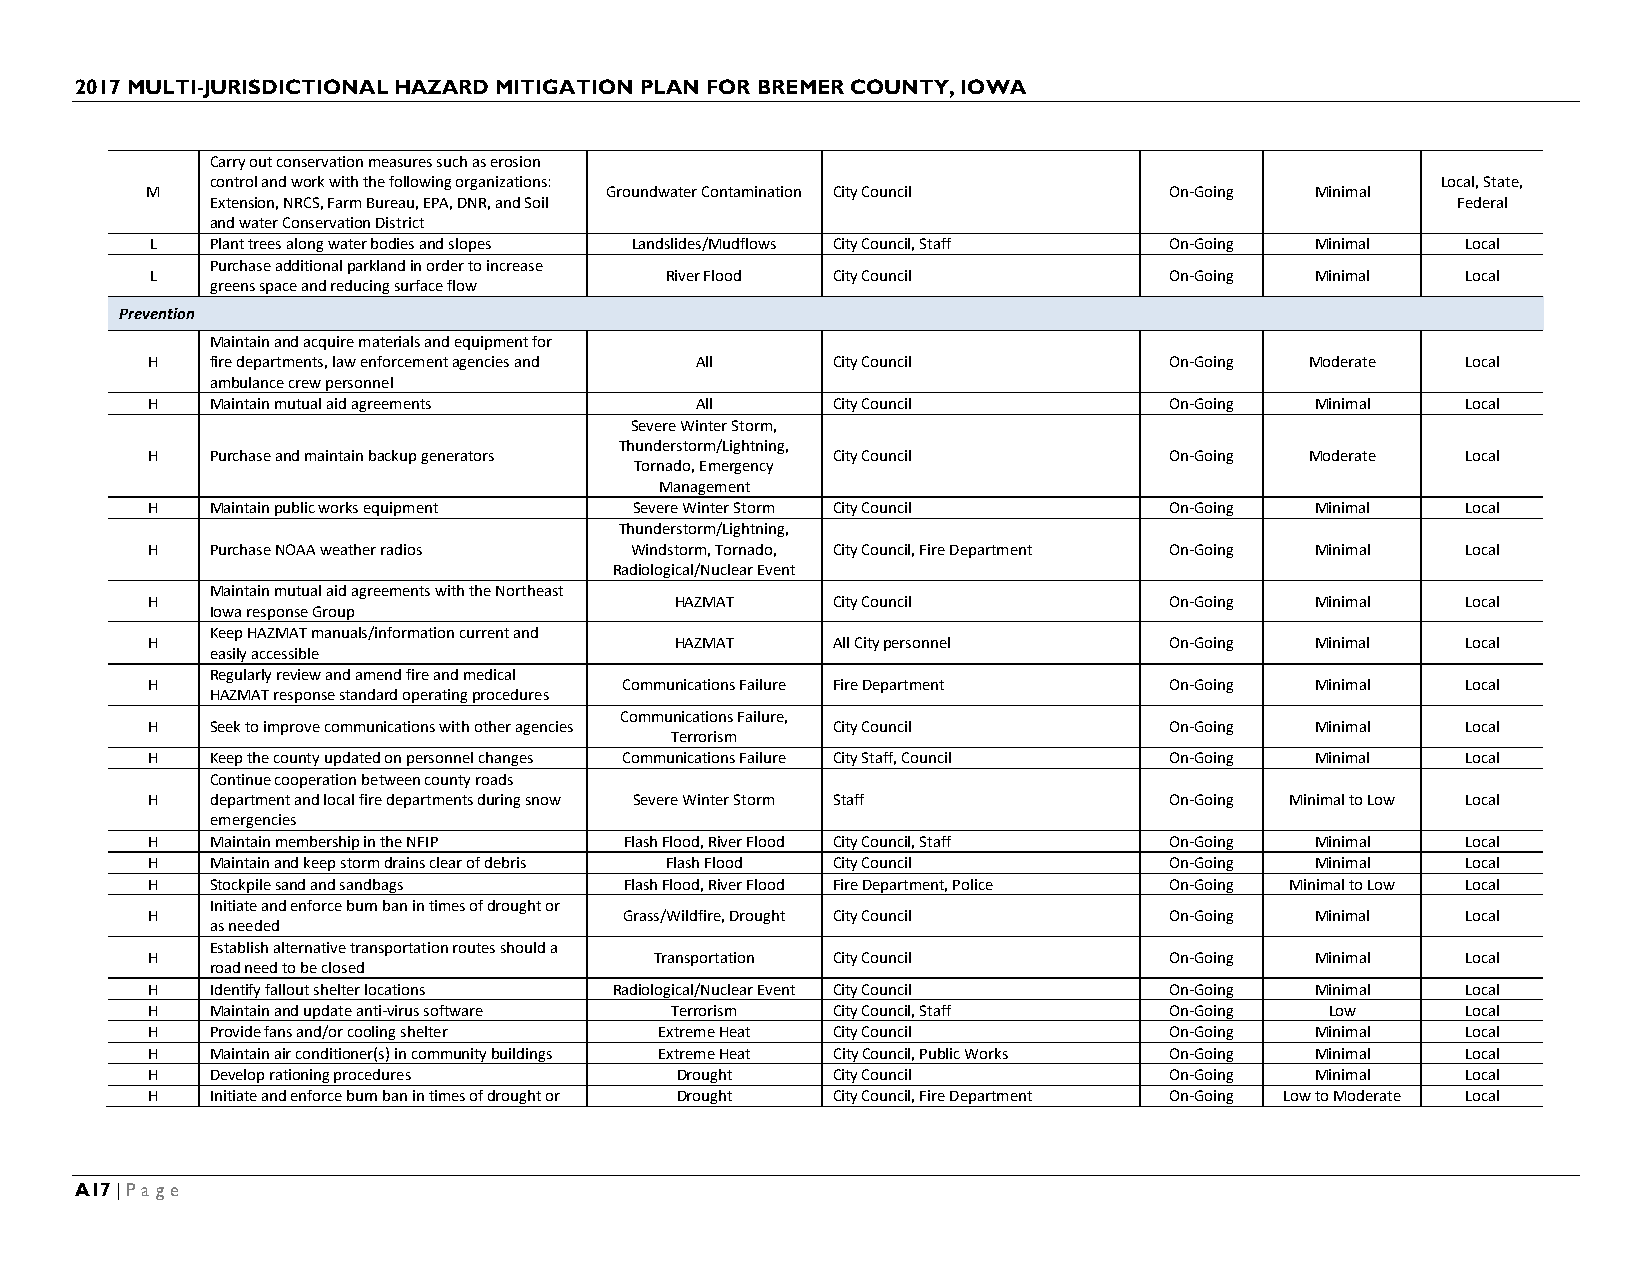
2017 MULTI-JURISDICTIONAL HAZARD MITIGATION PLAN FOR BREMER COUNTY, IOWA
 Carry out conservation measures such as erosion
 control and work with the following organizations:                               Local, State,
 M                             Groundwater Contamination City Council On-Going Minimal
 Extension, NRCS, Farm Bureau, EPA, DNR, and Soil                                  Federal
 and water Conservation District
 L   Plant trees along water bodies and slopes Landslides/Mudflows City Council, Staff On-Going Minimal Local
 Purchase additional parkland in order to increase
 L                                 River Flood City Council         On-Going  Minimal   Local
 greens space and reducing surface flow
 Prevention
 Maintain and acquire materials and equipment for
 H   fire departments, law enforcement agencies and All City Council On-Going Moderate  Local
 ambulance crew personnel
 H   Maintain mutual aid agreements  All      City Council          On-Going  Minimal   Local
 Severe Winter Storm,
 Thunderstorm/Lightning,
 H   Purchase and maintain backup generators  City Council          On-Going  Moderate  Local
 Tornado, Emergency
 Management
 H   Maintain public works equipment Severe Winter Storm City Council On-Going Minimal  Local
 Thunderstorm/Lightning,
 H   Purchase NOAA weather radios Windstorm, Tornado, City Council, Fire Department On-Going Minimal Local
 Radiological/Nuclear Event
 Maintain mutual aid agreements with the Northeast
 H                                  HAZMAT    City Council          On-Going  Minimal   Local
 Iowa response Group
 Keep HAZMAT manuals/information current and
 H                                  HAZMAT    All City personnel    On-Going  Minimal   Local
 easily accessible
 Regularly review and amend fire and medical
 H                              Communications Failure Fire Department On-Going Minimal Local
 HAZMAT response standard operating procedures
 Communications Failure,
 H   Seek to improve communications with other agencies City Council On-Going Minimal   Local
 Terrorism
 H   Keep the county updated on personnel changes Communications Failure City Staff, Council On-Going Minimal Local
 Continue cooperation between county roads
 H   department and local fire departments during snow Severe Winter Storm Staff On-Going Minimal to Low Local
 emergencies
 H   Maintain membership in the NFIP Flash Flood, River Flood City Council, Staff On-Going Minimal Local
 H   Maintain and keep storm drains clear of debris Flash Flood City Council On-Going Minimal Local
 H   Stockpile sand and sandbags Flash Flood, River Flood Fire Department, Police On-Going Minimal to Low Local
 Initiate and enforce burn ban in times of drought or
 H                              Grass/Wildfire, Drought City Council On-Going Minimal   Local
 as needed
 Establish alternative transportation routes should a
 H                                Transportation City Council       On-Going  Minimal   Local
 road need to be closed
 H   Identify fallout shelter locations Radiological/Nuclear Event City Council On-Going Minimal Local
 H   Maintain and update anti-virus software Terrorism City Council, Staff On-Going Low Local
 H   Provide fans and/or cooling shelter Extreme Heat City Council  On-Going  Minimal   Local
 H   Maintain air conditioner(s) in community buildings Extreme Heat City Council, Public Works On-Going Minimal Local
 H   Develop rationing procedures   Drought   City Council          On-Going  Minimal   Local
 H   Initiate and enforce burn ban in times of drought or Drought City Council, Fire Department On-Going Low to Moderate Local
 A17 | Page